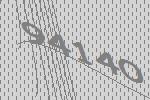
94140